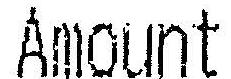
AMOUNT